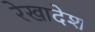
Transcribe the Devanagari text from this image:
रेखादेश